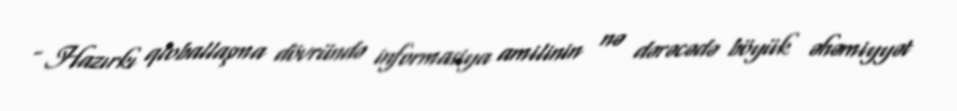
- Hazırkı qloballaşma dövründə informasiya amilinin nə dərəcədə böyük əhəmiyyət